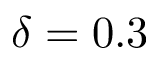
\delta = 0 . 3